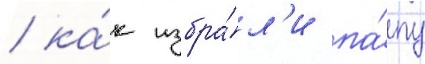
/ ка́к избра́л'и па́пу